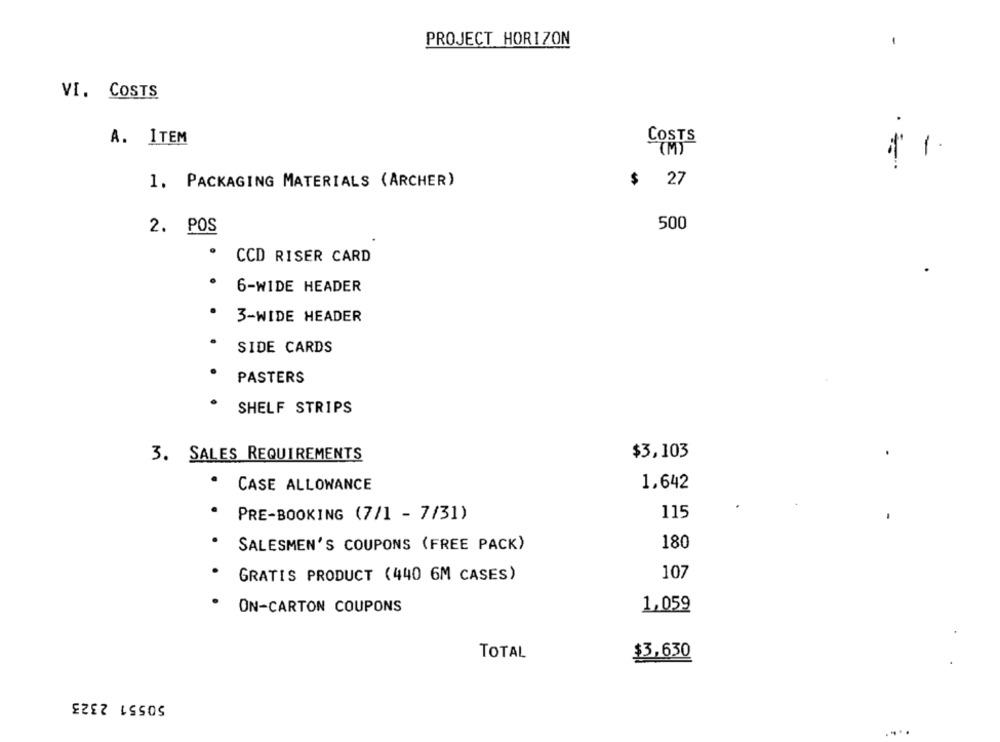
PROJECT HORIZON
VI. COSTS
A. ITEM
COSTS
-
(1)
1. PACKAGING MATERIALS (ARCHER)
$ 27
2. POS
500
CCD RISER CARD
6-WIDE HEADER
3-WIDE HEADER
SIDE CARDS
PASTERS
SHELF STRIPS
3. SALES REQUIREMENTS
$3,103
CASE ALLOWANCE
1,642
115
PRE-BOOKING (7/1 - 7/31)
SALESMEN'S COUPONS (FREE PACK)
180
GRATIS PRODUCT (440 6M CASES)
107
ON-CARTON COUPONS
1,059
$3,630
TOTAL
50551 2323